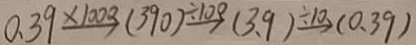
0 . 3 9 \xrightarrow { \times 1 0 0 0 } ( 3 9 0 ) \xrightarrow { \div 1 0 0 } ( 3 . 9 ) \xrightarrow { \div 1 0 } ( 0 . 3 9 )